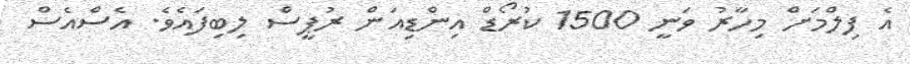
އެ ފިލްމަށް މިހާރު ވަނީ 1500 ކުރޯޑް އިންޑިއަން ރުޕީސް ލިބިފައެވެ. އެސްއެސް